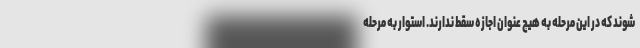
شوند که در این مرحله به هیچ عنوان اجازه سقط ندارند. استوار به مرحله